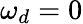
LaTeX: \omega_{d}=0